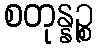
စတုန္နဉ္စ